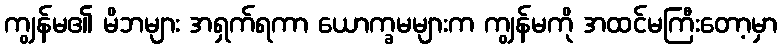
ကျွန်မ၏ မိဘများ အရှက်ရကာ ယောက္ခမများက ကျွန်မကို အထင်မကြီးတော့မှာ